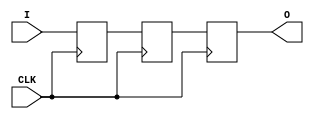
module sync #(
	parameter WIDTH = 1,
	parameter INIT = 0
) (
	input wire [WIDTH-1:0] I,
	input wire CLK,
	output reg [WIDTH-1:0] O
);

reg [WIDTH-1:0] tmpa;
reg [WIDTH-1:0] tmpb;

initial begin
	tmpa = INIT;
	tmpb = INIT;
	O = INIT;
end

always @(posedge CLK) begin
	tmpa <= I;
	tmpb <= tmpa;
	O <= tmpb;
end

endmodule